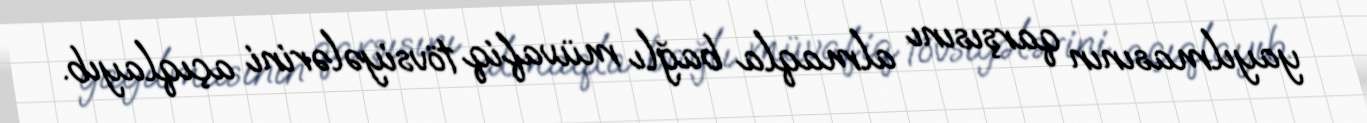
yayılmasının qarşısını almaqla bağlı müvafiq tövsiyələrini açıqlayıb.